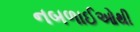
નબળાઈઓથી